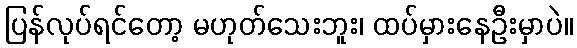
ပြန်လုပ်ရင်တော့ မဟုတ်သေးဘူး၊ ထပ်မှားနေဦးမှာပဲ။